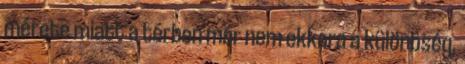
mérete miatt a térben már nem ekkora a különbség,